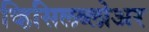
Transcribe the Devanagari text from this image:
व्हिसिलब्लोअर